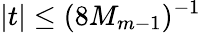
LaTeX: |t|\leq(8M_{m-1})^{-1}